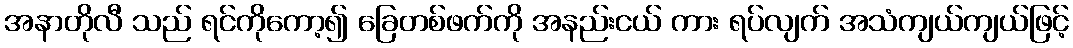
အနာတိုလီ သည် ရင်ကိုကော့၍ ခြေတစ်ဖက်ကို အနည်းငယ် ကား ရပ်လျက် အသံကျယ်ကျယ်ဖြင့်